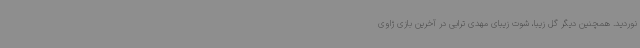
نوردید. همچنین دیگر گل زیبا، شوت زیبای مهدی ترابی در آخرین بازی ژاوی